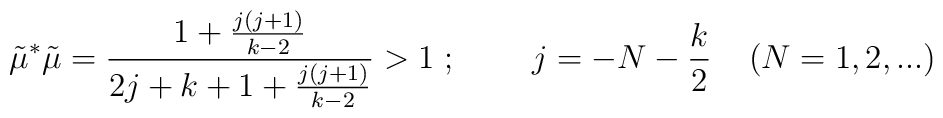
\tilde{\mu}^*\tilde{\mu}=\frac{1+\frac{j(j+1)}{k-2}}{2j+k+1+\frac{j(j+1)}{k-2}}>1\;;\;\;\;\;\;\;\;\; j=-N-\frac{k}{2}\;\;\;\;(N={1,2,...})